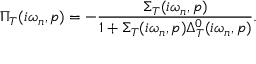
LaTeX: \Pi _ { T } ( i \omega _ { n } , p ) = - \frac { \Sigma _ { T } ( i \omega _ { n } , p ) } { 1 + \Sigma _ { T } ( i \omega _ { n } , p ) \Delta _ { T } ^ { 0 } ( i \omega _ { n } , p ) } .